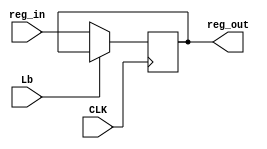
module reg_b(Lb, CLK, reg_in, reg_out);
	
	input Lb;
	input CLK;
	
	input [7:0] reg_in;
	output reg [7:0] reg_out;
	
	always@(posedge CLK) begin
		if (~Lb) begin
			reg_out <= reg_in;	
		end
	end
endmodule